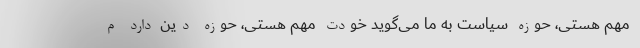
مهم هستی، حوزه سیاست به ما می‌گوید خودت مهم هستی، حوزه دین دارد م